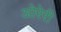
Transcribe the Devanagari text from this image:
ओरेरी